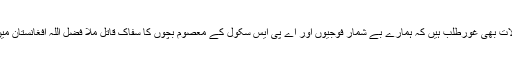
علاوہ ازیں یہ سوالات بھی غورطلب ہیں کہ ہمارے بے شمار فوجیوں اور اے پی ایس سکول کے معصوم بچوں کا سفاک قاتل ملا فضل اللہ افغانستان میں دندناتا پھرتا ہے۔